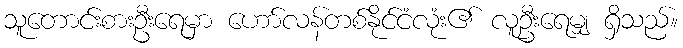
သူတောင်းစားဦးရေမှာ ဟော်လန်တစ်နိုင်ငံလုံး၏ လူဦးရေမျှ ရှိသည်။